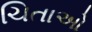
ચિતાઓ